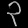
Digit: ၃